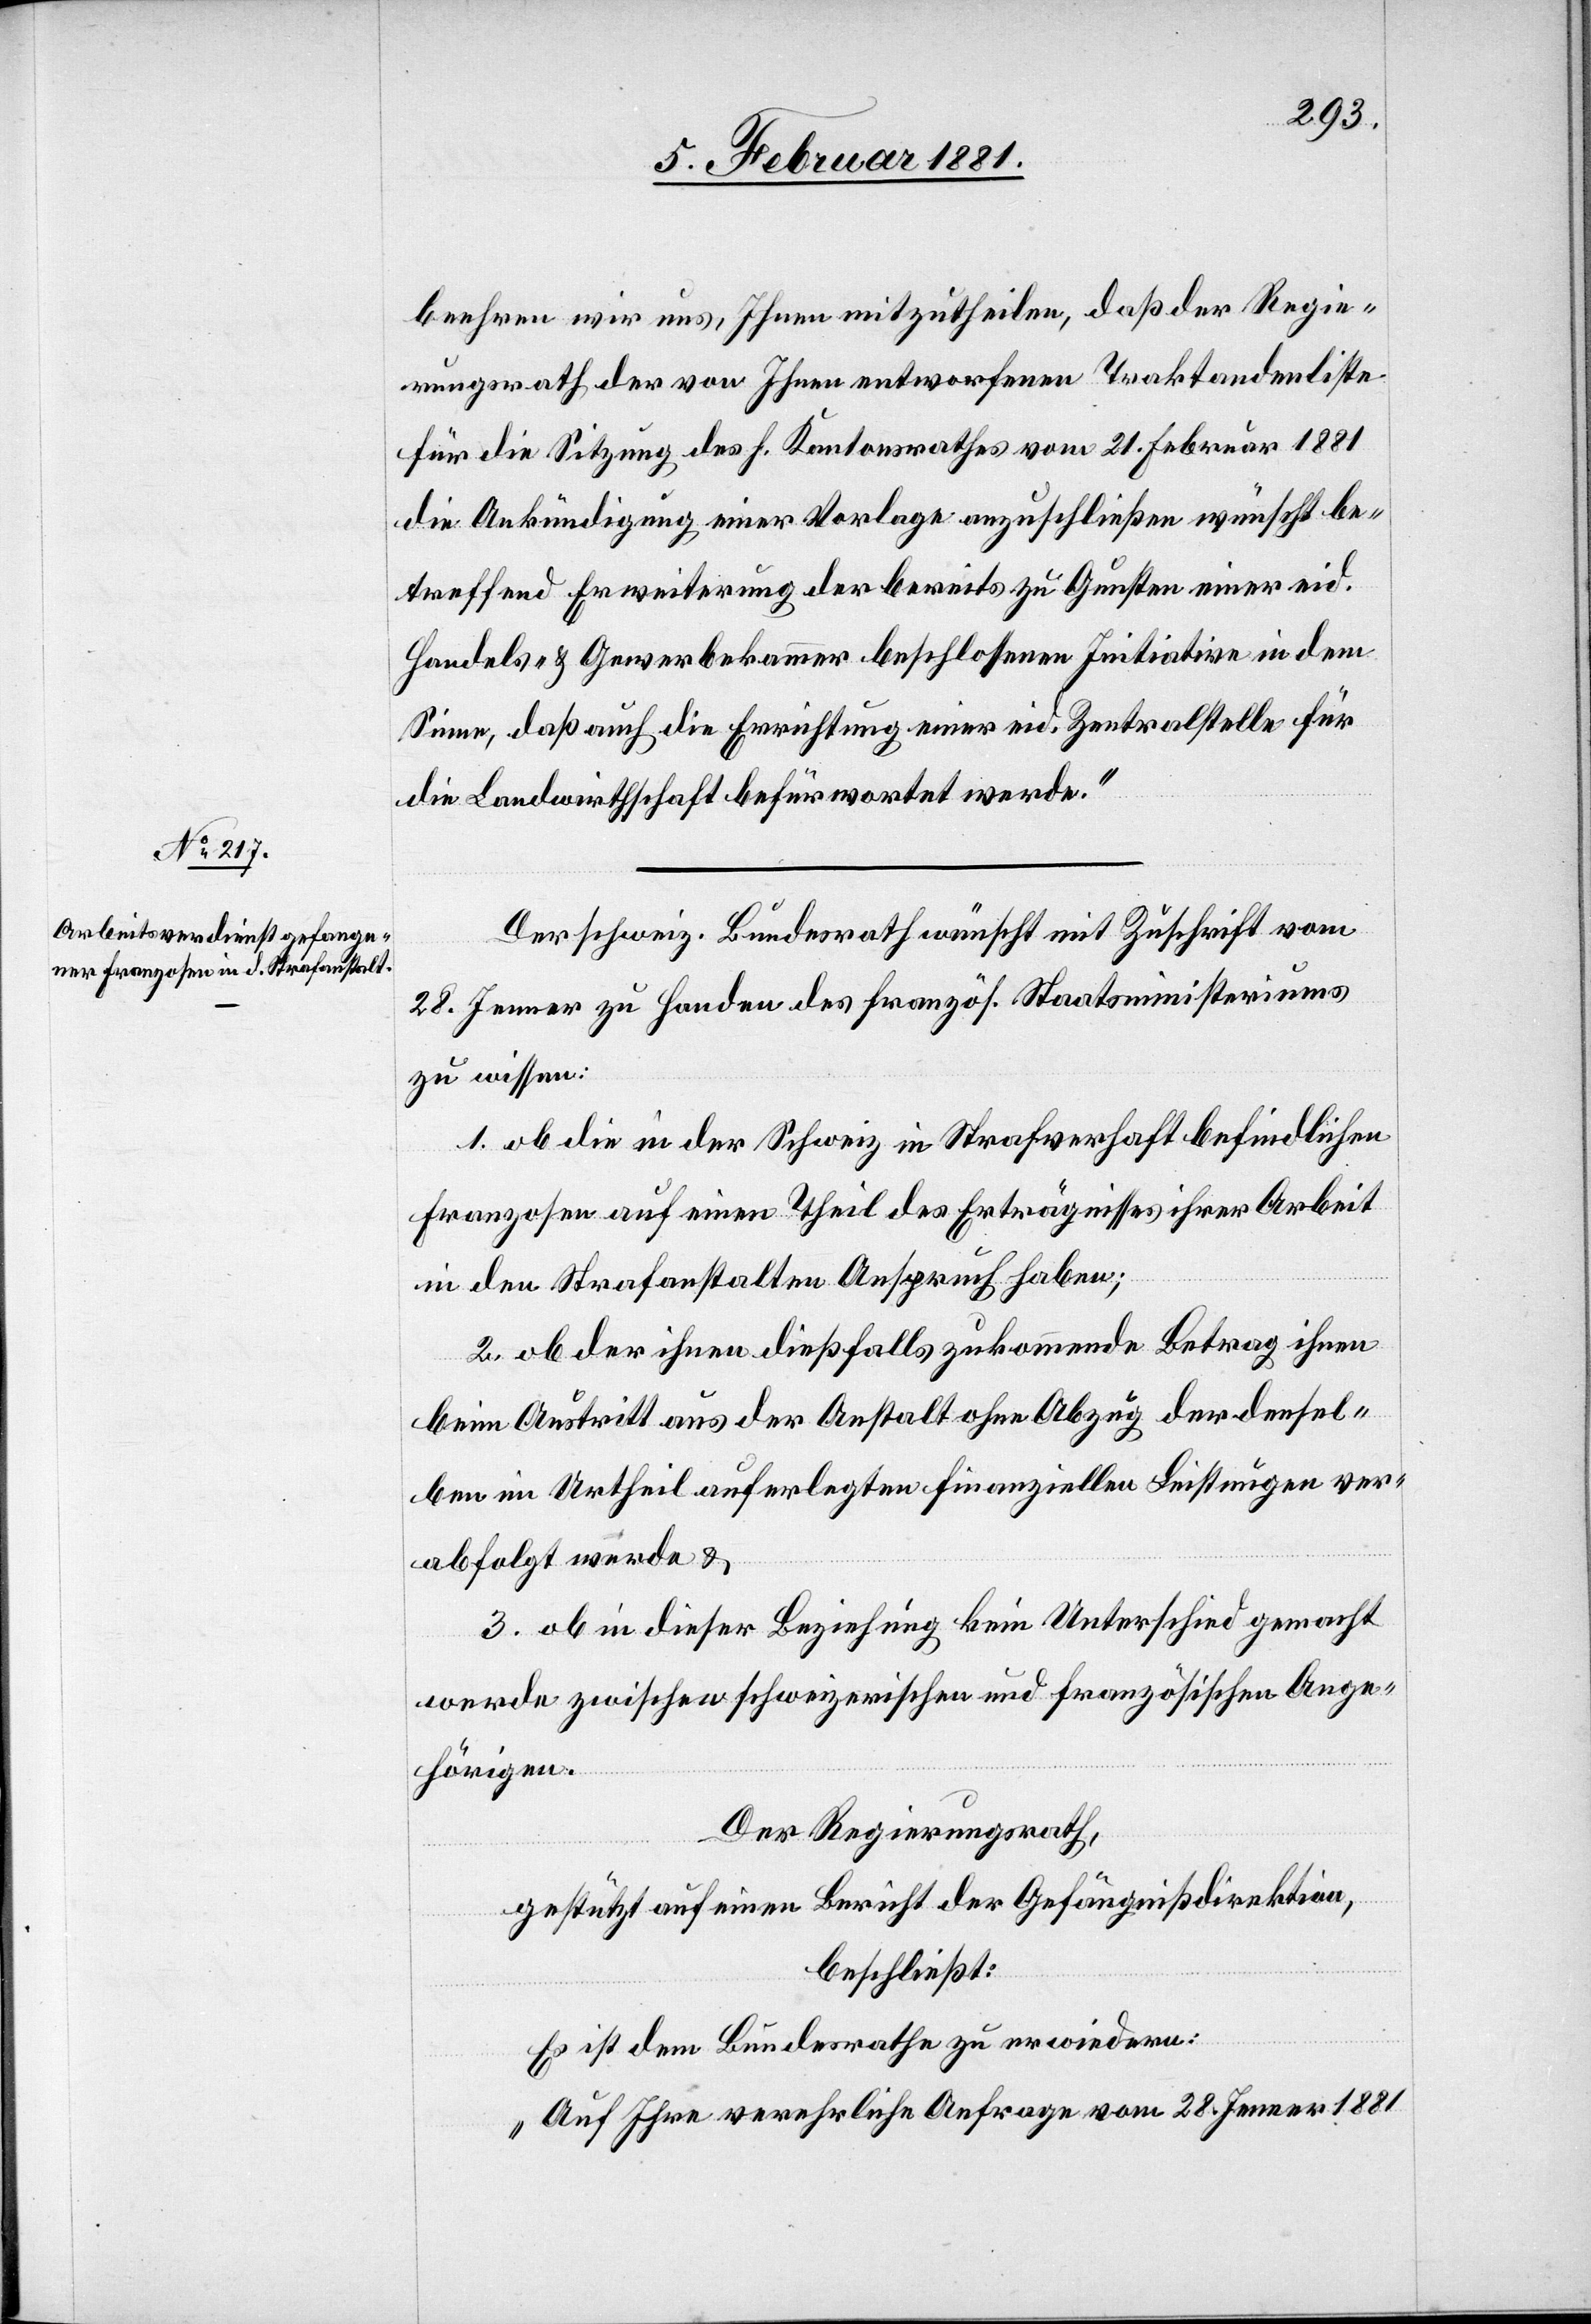
beehren wir uns, Ihnen mitzutheilen, daß der Regie¬
rungsrath der von Ihnen entworfenen Traktandenliste
für die Sitzung des h. Kantonsrathes vom 21. Februar 1881
die Ankündigung einer Vorlage anzuschließen wünscht be¬
treffend Erweiterung der bereits zu Gunsten einer eid.
Handels- & Gewerbekammer beschlossenen Initiative in dem
Sinne, daß auch die Errichtung einer eid. Zentralstelle für
die Landwirthschaft befürwortet werde.“
Der schweiz. Bundesrath wünscht mit Zuschrift vom
28. Jenner zu Handen des französ. Staatsministeriums
zu wissen:
1. ob die in der Schweiz in Strafverhaft befindlichen
Franzosen auf einen Theil des Erträgnisses ihrer Arbeit
in den Strafanstalten Anspruch haben;
2. ob der ihnen dießfalls zukommende Betrag ihren
beim Austritt aus der Anstalt ohne Abzug der densel¬
ben im Urtheil auferlegten finanziellen Leistungen ver¬
abfolgt werde &
3. ob in dieser Beziehung kein Unterschied gemacht
werde zwischen schweizerischen und französischen Ange¬
hörigen.
Der Regierungsrath,
gestützt auf einen Bericht der Gefängnißdirektion,
beschließt:
Es ist dem Bundesrath zu erwiedern:
„Auf Ihre verehrliche Anfrage vom 28. Jenner 1881